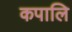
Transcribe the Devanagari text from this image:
कपालि